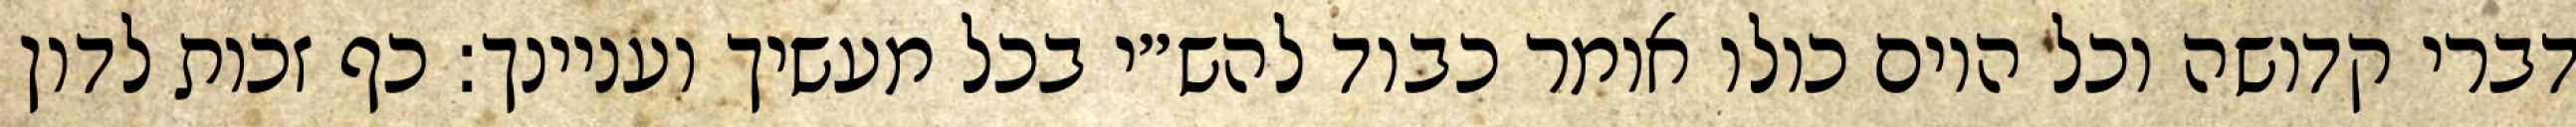
דברי קדושה וכל היום כולו אומר כבוד להש״י בכל מעשיך ועניינך: כף זכות לדון